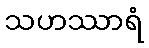
သဟဿာရံ